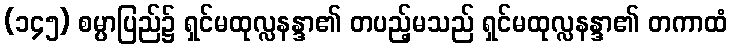
(၁၄၅) စမ္ပာပြည်၌ ရှင်မထုလ္လနန္ဒာ၏ တပည့်မသည် ရှင်မထုလ္လနန္ဒာ၏ တကာထံ